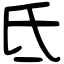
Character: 氐